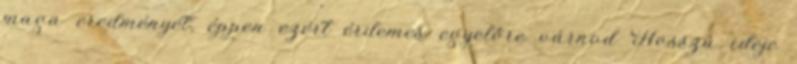
maga eredményét, éppen ezért érdemes egyelőre várnod Hosszú ideje